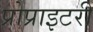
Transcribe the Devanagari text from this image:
प्रोप्राइटरी